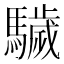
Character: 䮹